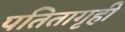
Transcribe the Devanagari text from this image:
पतितागृही